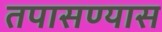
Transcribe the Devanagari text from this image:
तपासण्यास